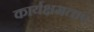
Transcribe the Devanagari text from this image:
कार्यक्षमताएं